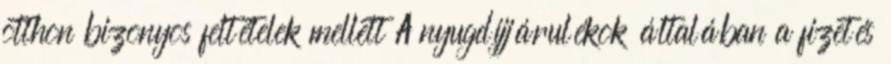
otthon bizonyos feltételek mellett A nyugdíjjárulékok általában a fizetés